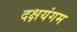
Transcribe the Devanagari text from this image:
दक्षयंगम